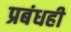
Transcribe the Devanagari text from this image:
प्रबंधही